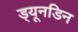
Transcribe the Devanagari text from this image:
ड्यूनडिन